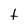
Character: t